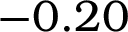
- 0 . 2 0